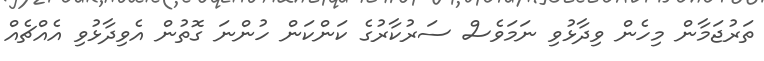
ތަރުޖަމާން މިހެން ވިދާޅުވި ނަމަވެސް ސަރުކާރުގެ ކަންކަން ހުންނަ ގޮތުން އެވިދާޅުވި އެއްޗެއް